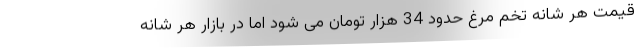
قیمت هر شانه تخم مرغ حدود 34 هزار تومان می شود اما در بازار هر شانه